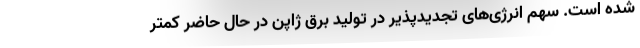
شده است. سهم انرژی‌های تجدیدپذیر در تولید برق ژاپن در حال حاضر کمتر